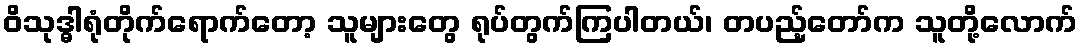
ဝိသုဒ္ဓါရုံတိုက်ရောက်တော့ သူများတွေ ရုပ်တွက်ကြပါတယ်၊ တပည့်တော်က သူတို့လောက်